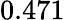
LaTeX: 0.471